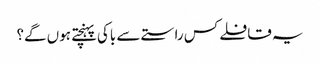
یہ قافلے کس راستے سے باکی پہنچتے ہوں گے؟